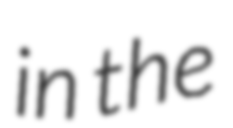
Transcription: in the